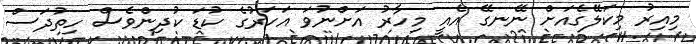
މިއިރު މިކަލޭގެއަށް ނޭނގޭ އެއީ މިހާރު އަށްނުވަ އަހަރުގެ ކުޑަ ކުދިންވެސް ހިތުދަސް